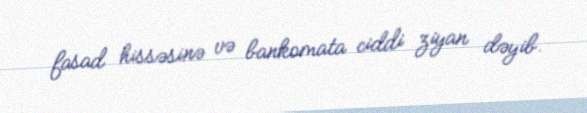
fasad hissəsinə və bankomata ciddi ziyan dəyib.